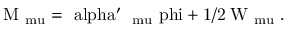
\mathrm { M _ { \ m u } = \ a l p h a ^ { \prime } \partial _ { \ m u } \ p h i + 1 / 2 \; W _ { \ m u } \; . }